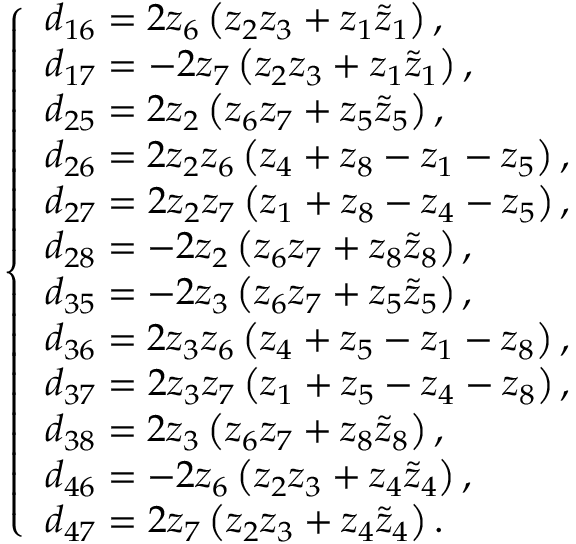
\left\{ \begin{array} { l l } { d _ { 1 6 } = 2 z _ { 6 } \left( z _ { 2 } z _ { 3 } + z _ { 1 } \tilde { z } _ { 1 } \right) , } \\ { d _ { 1 7 } = - 2 z _ { 7 } \left( z _ { 2 } z _ { 3 } + z _ { 1 } \tilde { z } _ { 1 } \right) , } \\ { d _ { 2 5 } = 2 z _ { 2 } \left( z _ { 6 } z _ { 7 } + z _ { 5 } \tilde { z } _ { 5 } \right) , } \\ { d _ { 2 6 } = 2 z _ { 2 } z _ { 6 } \left( z _ { 4 } + z _ { 8 } - z _ { 1 } - z _ { 5 } \right) , } \\ { d _ { 2 7 } = 2 z _ { 2 } z _ { 7 } \left( z _ { 1 } + z _ { 8 } - z _ { 4 } - z _ { 5 } \right) , } \\ { d _ { 2 8 } = - 2 z _ { 2 } \left( z _ { 6 } z _ { 7 } + z _ { 8 } \tilde { z } _ { 8 } \right) , } \\ { d _ { 3 5 } = - 2 z _ { 3 } \left( z _ { 6 } z _ { 7 } + z _ { 5 } \tilde { z } _ { 5 } \right) , } \\ { d _ { 3 6 } = 2 z _ { 3 } z _ { 6 } \left( z _ { 4 } + z _ { 5 } - z _ { 1 } - z _ { 8 } \right) , } \\ { d _ { 3 7 } = 2 z _ { 3 } z _ { 7 } \left( z _ { 1 } + z _ { 5 } - z _ { 4 } - z _ { 8 } \right) , } \\ { d _ { 3 8 } = 2 z _ { 3 } \left( z _ { 6 } z _ { 7 } + z _ { 8 } \tilde { z } _ { 8 } \right) , } \\ { d _ { 4 6 } = - 2 z _ { 6 } \left( z _ { 2 } z _ { 3 } + z _ { 4 } \tilde { z } _ { 4 } \right) , } \\ { d _ { 4 7 } = 2 z _ { 7 } \left( z _ { 2 } z _ { 3 } + z _ { 4 } \tilde { z } _ { 4 } \right) . } \end{array} \right.